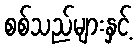
စစ်သည်များနှင့်